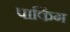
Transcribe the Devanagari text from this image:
पाकिंग